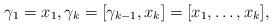
LaTeX: \begin{align*}\gamma_1=x_1,\gamma_k=[\gamma_{k-1},x_k]=[x_1,\ldots,x_k],\end{align*}